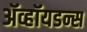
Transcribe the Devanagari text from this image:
ॲव्हॉयडन्स